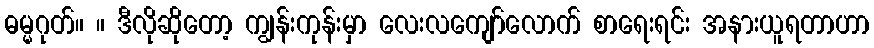
ဓမ္မဂုတ်။ ။ ဒီလိုဆိုတော့ ကျွန်းကုန်းမှာ လေးလကျော်လောက် စာရေးရင်း အနားယူရတာဟာ